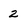
Character: 2